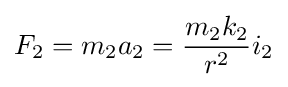
F_{2}=m_{2}a_{2}={\frac {m_{2}k_{2}}{r^{2}}}i_{2}